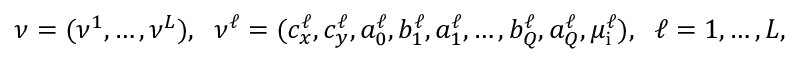
\begin{array} { r } { \ensuremath { \boldsymbol \nu } = ( \ensuremath { \boldsymbol \nu } ^ { 1 } , \ldots , \ensuremath { \boldsymbol \nu } ^ { L } ) , \; \; \ensuremath { \boldsymbol \nu } ^ { \ell } = ( c _ { x } ^ { \ell } , c _ { y } ^ { \ell } , a _ { 0 } ^ { \ell } , b _ { 1 } ^ { \ell } , a _ { 1 } ^ { \ell } , \ldots , b _ { Q } ^ { \ell } , a _ { Q } ^ { \ell } , \mu _ { \mathrm { i } } ^ { \ell } ) , \; \; \ell = 1 , \ldots , L , } \end{array}